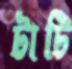
টাটি